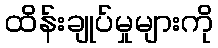
ထိန်းချုပ်မှုများကို